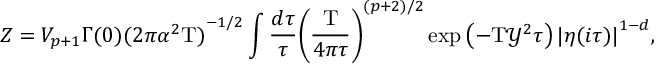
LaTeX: Z = { V _ { p + 1 } } \Gamma ( 0 ) { { ( 2 \pi { \alpha ^ { 2 } } \mathrm { T } ) } ^ { - 1 / 2 } } \int { \frac { d \tau } { \tau } } { { \left( { \frac { \mathrm { T } } { 4 \pi \tau } } \right) } ^ { ( p + 2 ) / 2 } } \exp \left( - \mathrm { T } { \mathcal { Y } ^ { 2 } } \tau \right) { { | \eta ( i \tau ) | } ^ { 1 - d } } ,